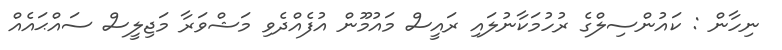
ނިހާން : ކައުންސިލްގެ ރުހުމަކާނުލައި ރައީސް މައުމޫން އުފެއްދެވި މަޝްވަރާ މަޖިލީސް ސައްޙައެއް